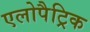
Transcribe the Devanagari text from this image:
एलोपैट्रिक